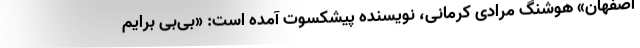
اصفهان» هوشنگ مرادی ‌کرمانی، نویسنده پیشکسوت آمده است: «بی‌بی برایم